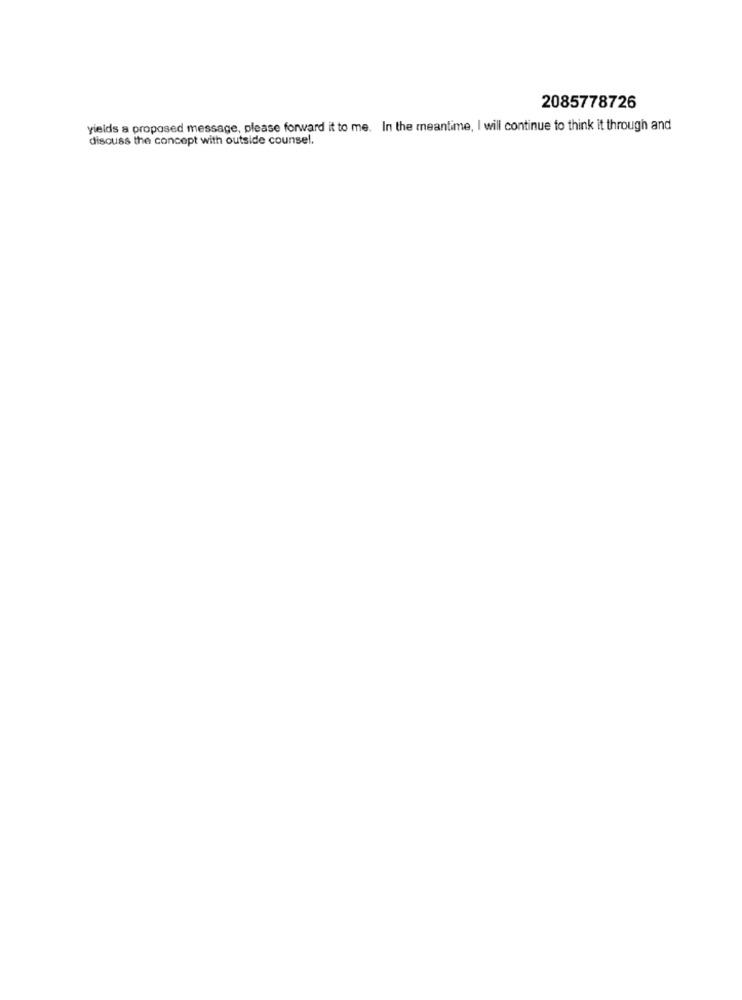
2085778726
yields a proposed message, please forward it to me. In the meantime, I will continue to think it through and
discuss the concept with outside counsel.